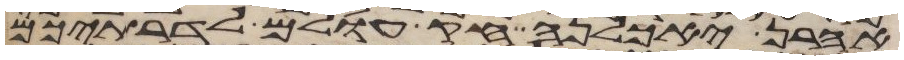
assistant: אהרן יאכלנה חק עולם לדרתיכם